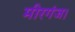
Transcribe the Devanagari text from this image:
मीरगंज।